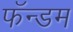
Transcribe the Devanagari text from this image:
फॅन्डम